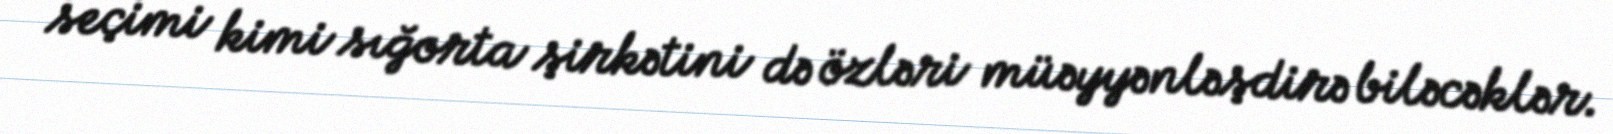
seçimi kimi sığorta şirkətini də özləri müəyyənləşdirə biləcəklər.